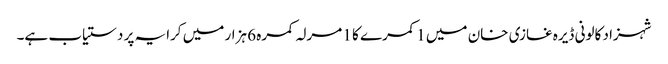
شہزاد کالونی ڈیرہ غازی خان میں 1 کمرے کا 1 مرلہ کمرہ 6 ہزار میں کرایہ پر دستیاب ہے۔